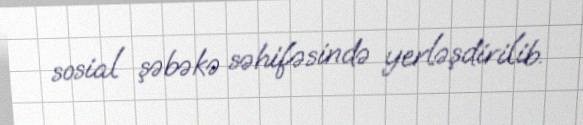
sosial şəbəkə səhifəsində yerləşdirilib.